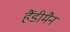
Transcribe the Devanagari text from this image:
हैंडीमैन